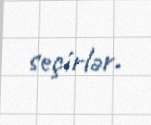
seçirlər.